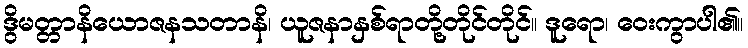
ဒွိမတ္တာနိယောဇနသတာနိ၊ ယူဇနာနှစ်ရာတို့တိုင်တိုင်။ ဒူရော၊ ဝေးကွာပါ၏။